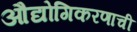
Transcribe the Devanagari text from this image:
औद्योगिकरणाची